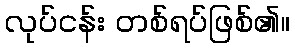
လုပ်ငန်း တစ်ရပ်ဖြစ်၏။